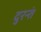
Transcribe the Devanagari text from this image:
दुरन्तं